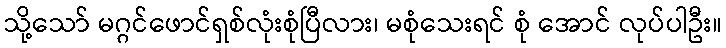
သို့သော် မဂ္ဂင်ဖောင်ရှစ်လုံးစုံပြီလား၊ မစုံသေးရင် စုံ အောင် လုပ်ပါဦး။